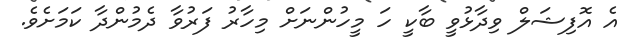
އެ އޮފިޝަލް ވިދާޅުވީ ބާކީ ހަ މީހުންނަށް މިހާރު ފަރުވާ ދެމުންދާ ކަމަށެވެ.